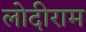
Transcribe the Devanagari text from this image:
लोदीराम